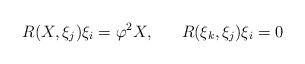
LaTeX: \begin{align*}R(X,\xi _{j})\xi _{i}=\varphi ^{2}X,\begin{array}{cc}\begin{array}{c}\end{array}&\end{array}R(\xi _{k},\xi _{j})\xi _{i}=0\end{align*}